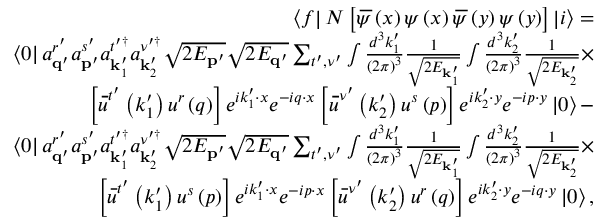
\begin{array} { r l r } & { } & { \left\langle f \right\vert N \left[ \, \overline { { \! { \psi } } } \left( x \right) \psi \left( x \right) \, \overline { { \! { \psi } } } \left( y \right) \psi \left( y \right) \right] \left\vert i \right\rangle = } \\ & { } & { \left\langle 0 \right\vert a _ { \mathbf { q } ^ { \prime } } ^ { r ^ { \prime } } a _ { \mathbf { p } ^ { \prime } } ^ { s ^ { \prime } } a _ { \mathbf { k } _ { 1 } ^ { \prime } } ^ { t ^ { \prime \dagger } } a _ { \mathbf { k } _ { 2 } ^ { \prime } } ^ { \nu ^ { \prime \dagger } } \sqrt { 2 E _ { \mathbf { p } ^ { \prime } } } \sqrt { 2 E _ { \mathbf { q } ^ { \prime } } } \sum _ { t ^ { \prime } , \nu ^ { \prime } } \int \frac { d ^ { 3 } k _ { 1 } ^ { \prime } } { \left( 2 \pi \right) ^ { 3 } } \frac { 1 } { \sqrt { 2 E _ { \mathbf { k } _ { 1 } ^ { \prime } } } } \int \frac { d ^ { 3 } k _ { 2 } ^ { \prime } } { \left( 2 \pi \right) ^ { 3 } } \frac { 1 } { \sqrt { 2 E _ { \mathbf { k } _ { 2 } ^ { \prime } } } } \times } \\ & { } & { \left[ \, \overline { { \! { u } } } ^ { t ^ { \prime } } \left( k _ { 1 } ^ { \prime } \right) u ^ { r } \left( q \right) \right] e ^ { i k _ { 1 } ^ { \prime } \cdot x } e ^ { - i q \cdot x } \left[ \, \overline { { \! { u } } } ^ { \nu ^ { \prime } } \left( k _ { 2 } ^ { \prime } \right) u ^ { s } \left( p \right) \right] e ^ { i k _ { 2 } ^ { \prime } \cdot y } e ^ { - i p \cdot y } \left\vert 0 \right\rangle - } \\ & { } & { \left\langle 0 \right\vert a _ { \mathbf { q } ^ { \prime } } ^ { r ^ { \prime } } a _ { \mathbf { p } ^ { \prime } } ^ { s ^ { \prime } } a _ { \mathbf { k } _ { 1 } ^ { \prime } } ^ { t ^ { \prime \dagger } } a _ { \mathbf { k } _ { 2 } ^ { \prime } } ^ { \nu ^ { \prime \dagger } } \sqrt { 2 E _ { \mathbf { p } ^ { \prime } } } \sqrt { 2 E _ { \mathbf { q } ^ { \prime } } } \sum _ { t ^ { \prime } , \nu ^ { \prime } } \int \frac { d ^ { 3 } k _ { 1 } ^ { \prime } } { \left( 2 \pi \right) ^ { 3 } } \frac { 1 } { \sqrt { 2 E _ { \mathbf { k } _ { 1 } ^ { \prime } } } } \int \frac { d ^ { 3 } k _ { 2 } ^ { \prime } } { \left( 2 \pi \right) ^ { 3 } } \frac { 1 } { \sqrt { 2 E _ { \mathbf { k } _ { 2 } ^ { \prime } } } } \times } \\ & { } & { \left[ \, \overline { { \! { u } } } ^ { t ^ { \prime } } \left( k _ { 1 } ^ { \prime } \right) u ^ { s } \left( p \right) \right] e ^ { i k _ { 1 } ^ { \prime } \cdot x } e ^ { - i p \cdot x } \left[ \, \overline { { \! { u } } } ^ { \nu ^ { \prime } } \left( k _ { 2 } ^ { \prime } \right) u ^ { r } \left( q \right) \right] e ^ { i k _ { 2 } ^ { \prime } \cdot y } e ^ { - i q \cdot y } \left\vert 0 \right\rangle , } \end{array}